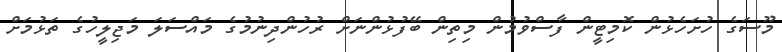
މޫސަގެ ހުށަހެޅުން ކޮމިޓީން ފާސްވުމުން މިތިން ބޭފުޅުންނަށް ރުހުންދިނުމުގެ މައްސަލަ މަޖިލީހުގެ ތަޅުމަށް